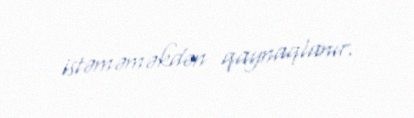
istəməməkdən qaynaqlanır.